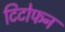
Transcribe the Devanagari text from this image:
टिटोफन